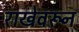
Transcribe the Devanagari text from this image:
राखेवरून